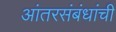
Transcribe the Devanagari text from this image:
आंतरसंबंधांची